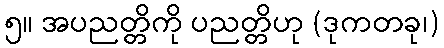
၅။ အပညတ္တိကို ပညတ္တိဟု (ဒုကတခု၊)